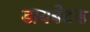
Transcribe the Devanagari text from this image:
डायबेटस